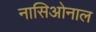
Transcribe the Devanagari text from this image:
नासिओनाल